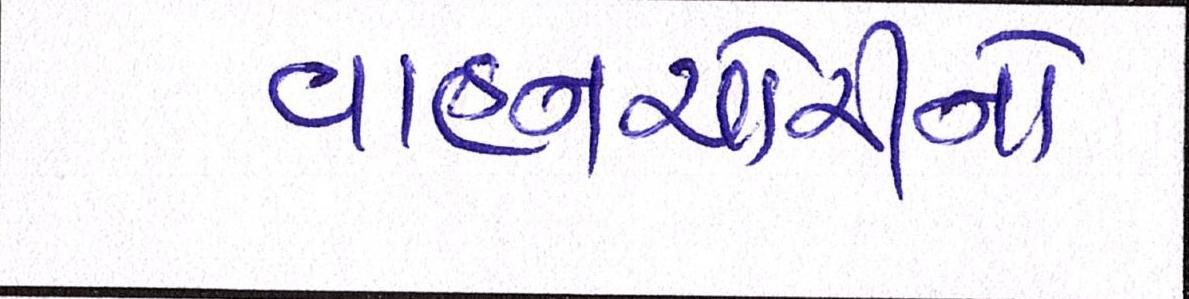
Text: વાહનચોરીનો